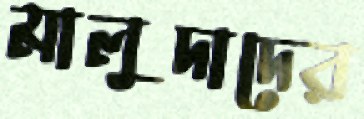
মালুদাদের